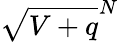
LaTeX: \sqrt{V+q}^{N}